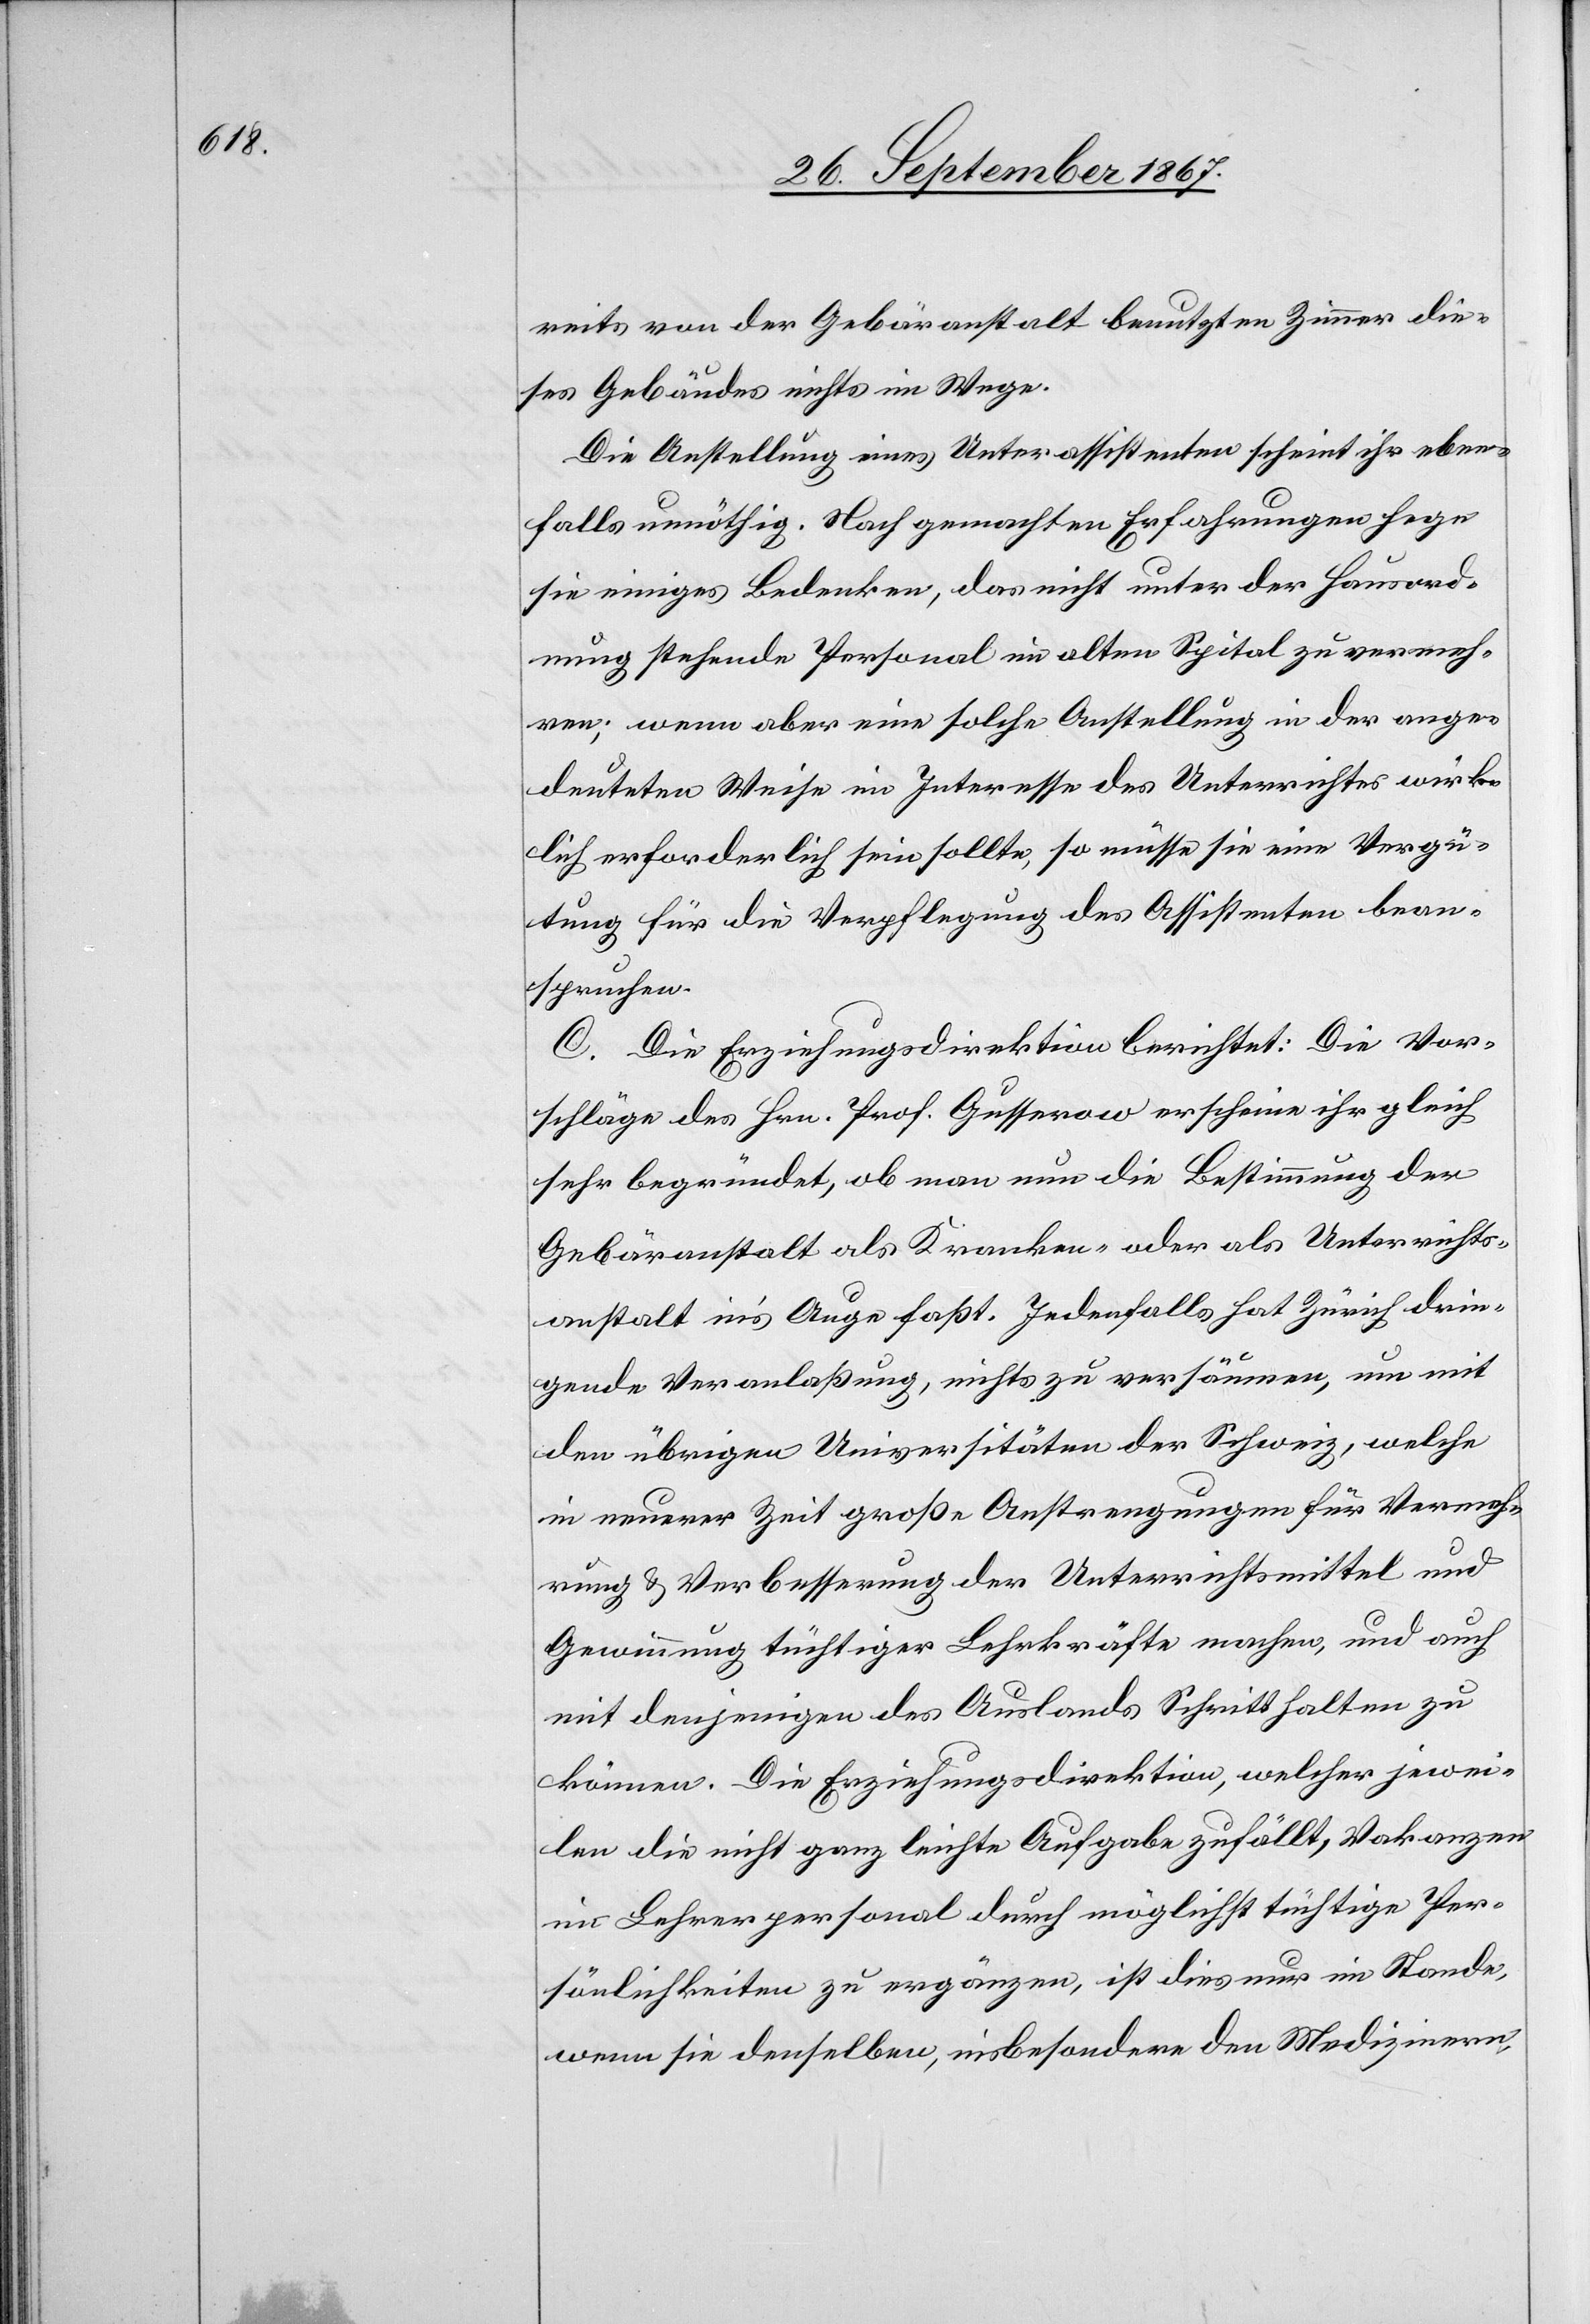
reits von der Gebäranstalt benutzten Zimmer die¬
ses Gebäudes nichts im Wege.
Die Anstellung eines Unterassistenten scheint ihr eben¬
falls unnöthig. Nach gemachten Erfahrungen hege
sie einiges Bedenken, das nicht unter der Hausord¬
nung stehende Personal im alten Spital zu vermeh¬
ren; wenn aber eine solche Anstellung in der ange¬
deuteten Weise im Interesse des Unterrichtes wirk¬
lich erforderlich sein sollte, so müsse sie eine Vergü¬
tung für die Verpflegung des Assistenten bean¬
spruchen.
C. Die Erziehungsdirektion berichtet: Die Vor¬
schläge des Hrn. Prof. Gusserow erscheine[n] ihr gleich
sehr begründet, ob man nun die Bestimmung der
Gebäranstalt als Kranken- oder als Unterrichts¬
anstalt in’s Auge faßt. Jedenfalls hat Zürich drin¬
gende Veranlaßung, nichts zu versäumen, um mit
den übrigen Universitäten der Schweiz, welche
in neuerer Zeit große Anstrengungen für Vermeh¬
rung u. Verbesserung der Unterrichtsmittel und
Gewinnung tüchtiger Lehrkräfte machen, und auch
mit denjenigen des Auslands Schritt halten zu
können. Die Erziehungsdirektion, welcher jewei¬
len die nicht ganz leichte Aufgabe zufällt, Vakanzen
im Lehrerpersonal durch möglichst tüchtige Per¬
sönlichkeiten zu ergänzen, ist dies nur im Stande,
wenn sie denselben, insbesondere den Medizinern,